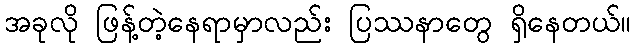
အခုလို ဖြန့်တဲ့နေရာမှာလည်း ပြဿနာတွေ ရှိနေတယ်။